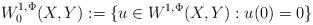
LaTeX: \begin{align*}W^{1,\Phi}_0 (X,Y) := \{ u\in W^{1,\Phi}(X,Y) : u(0)=0\}\end{align*}